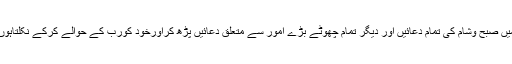
میں صبح وشام کی تمام دعائیں اور دیگر تمام چھوٹے بڑے امور سے متعلق دعائیں پڑھ کراورخود کورب کے حوالے کرکے نکلتاہوں۔